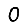
Digit: 0